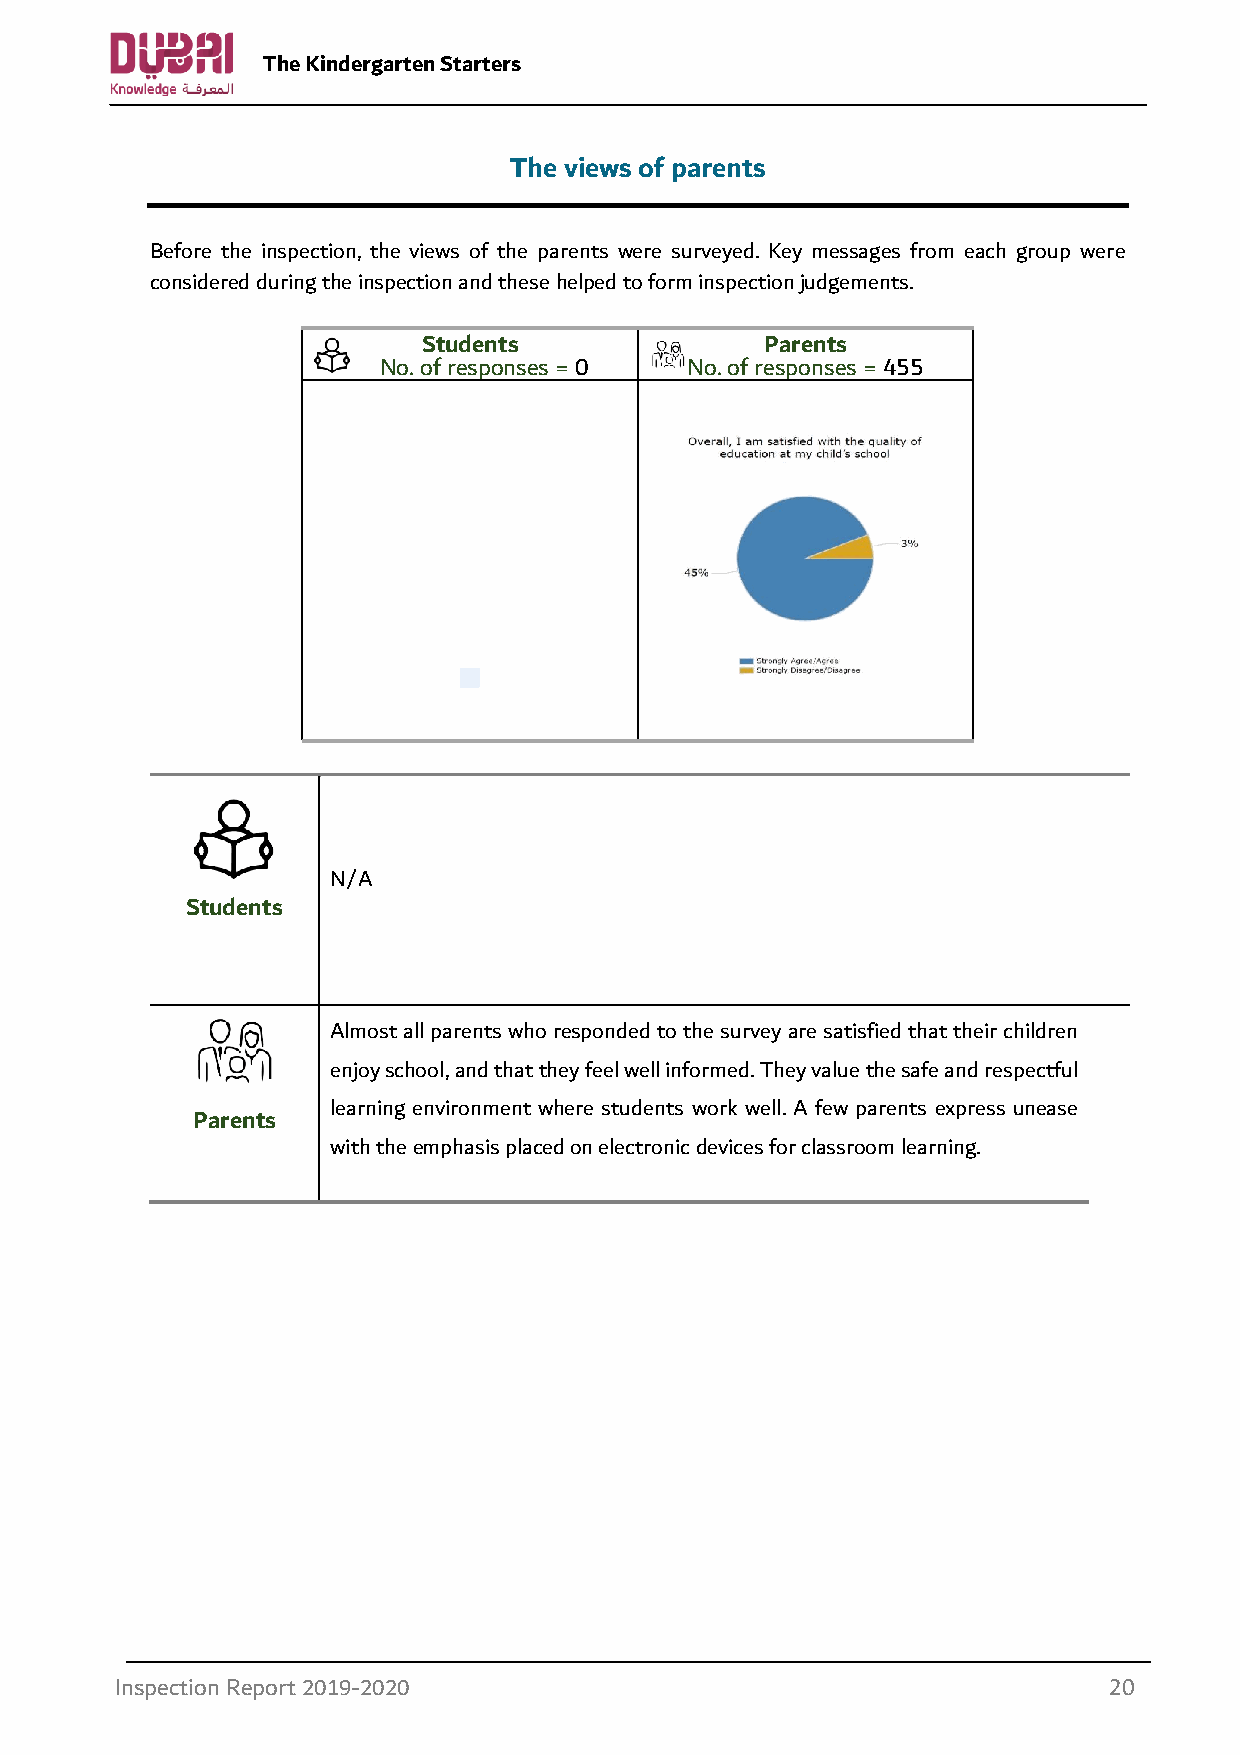
The Kindergarten Starters
 The views of parents
 Before the inspection, the views of the parents were surveyed. Key messages from each group were
 considered during the inspection and these helped to form inspection judgements.
 Students               Parents
 No. of responses = 0 No. of responses = 455
 N/A
 Students
 Almost all parents who responded to the survey are satisfied that their children
 enjoy school, and that they feel well informed. They value the safe and respectful
 learning environment where students work well. A few parents express unease
 Parents
 with the emphasis placed on electronic devices for classroom learning.
 Inspection Report 2019-2020                                      20